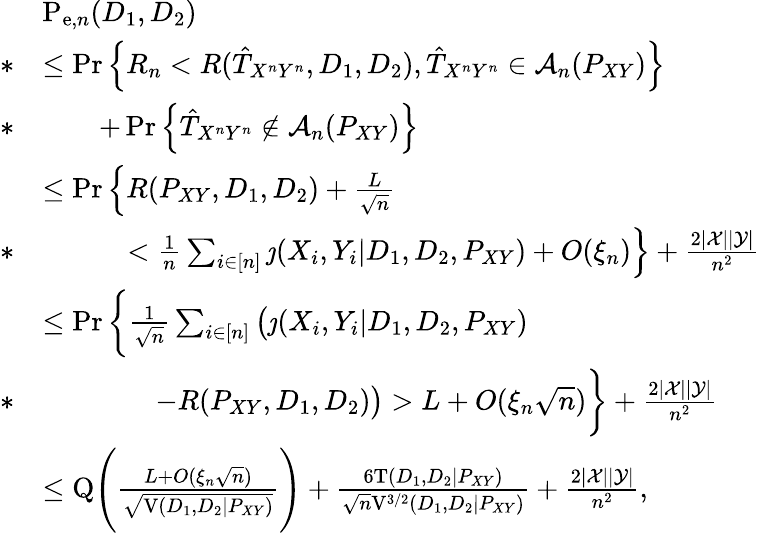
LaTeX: \begin{array}{rl}&{\mathrm{P}_{\mathrm{e},n}(D_{1},D_{2})}\\ {*}&{\leq\operatorname*{Pr}\Big\{ R_{n}<R(\hat{T}_{X^{n}Y^{n}},D_{1},D_{2}),\hat{T}_{X^{n}Y^{n}}\in\mathcal{A}_{n}(P_{XY})\Big\} }\\ {*}&{\qquad+\operatorname*{Pr}\Big\{ \hat{T}_{X^{n}Y^{n}}\notin\mathcal{A}_{n}(P_{XY})\Big\} }\\ &{\leq\operatorname*{Pr}\Big\{ R(P_{XY},D_{1},D_{2})+\frac{L}{\sqrt{n}}}\\ {*}&{\qquad\quad<\frac{1}{n}\sum_{i\in[n]}\jmath(X_{i},Y_{i}|D_{1},D_{2},P_{XY})+O(\xi_{n})\Big\} +\frac{2|\mathcal{X}||\mathcal{Y}|}{n^{2}}}\\ &{\leq\operatorname*{Pr}\bigg\{ \frac{1}{\sqrt{n}}\sum_{i\in[n]}\big(\jmath(X_{i},Y_{i}|D_{1},D_{2},P_{XY})}\\ {*}&{\qquad\qquad-R(P_{XY},D_{1},D_{2})\big)>L+O(\xi_{n}\sqrt{n})\bigg\} +\frac{2|\mathcal{X}||\mathcal{Y}|}{n^{2}}}\\ &{\leq\mathrm{Q}\Bigg(\frac{L+O(\xi_{n}\sqrt{n})}{\sqrt{\mathrm{V}(D_{1},D_{2}|P_{XY})}}\Bigg)+\frac{6\mathrm{T}(D_{1},D_{2}|P_{XY})}{\sqrt{n}\mathrm{V}^{3/2}(D_{1},D_{2}|P_{XY})}+\frac{2|\mathcal{X}||\mathcal{Y}|}{n^{2}},}\end{array}